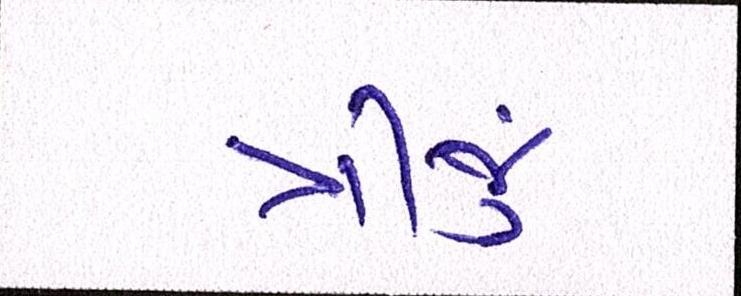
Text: ત્રીજું